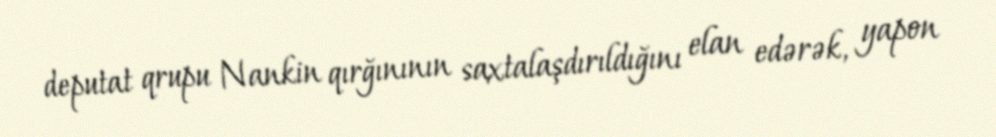
deputat qrupu Nankin qırğınının saxtalaşdırıldığını elan edərək, yapon